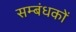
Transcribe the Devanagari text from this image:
सम्बंधकों